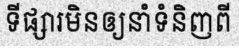
ទីផ្សារមិនឲ្យនាំទំនិញពី